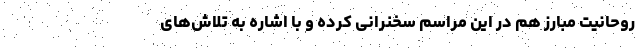
روحانیت مبارز هم در این مراسم سخنرانی کرده و با اشاره به تلاش‌های